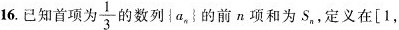
16.已知首项为\frac{1}{3}的数列{a_{n}}的前n项和为S_{n}，定义在[1，